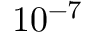
\mathrm { 1 0 ^ { - 7 } }